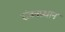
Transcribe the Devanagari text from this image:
रंजनप्रधान